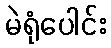
မဲရုံပေါင်း